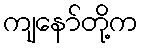
ကျနော်တို့က